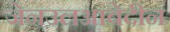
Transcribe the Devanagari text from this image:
जेनउलआबेदीन